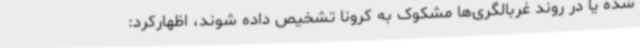
شده یا در روند غربالگری‌ها مشکوک به کرونا تشخیص داده شوند، اظهارکرد: